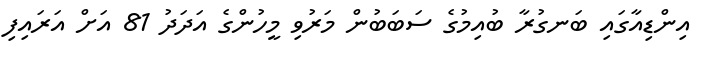
އިންޑިއާގައި ބަނގުރާ ބުއިމުގެ ސަބަބުން މަރުވި މީހުންގެ އަދަދު 81 އަށް އަރައިފި